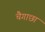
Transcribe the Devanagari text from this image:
चैगाछा